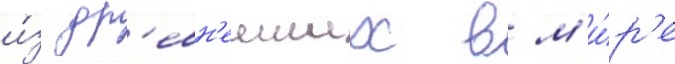
и́з др'евн'еиших в м'и́р'е